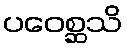
ပဝေစ္ဆသိ